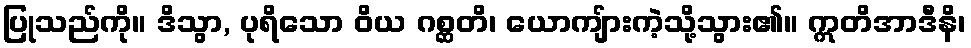
ပြုသည်ကို။ ဒိသွာ, ပုရိသော ဝိယ ဂစ္ဆတိ၊ ယောကျ်ားကဲ့သို့သွား၏။ ဣတိအာဒီနိ၊